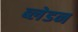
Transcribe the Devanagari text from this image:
ब्लेडन